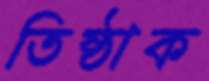
তিষ্ঠাক